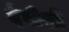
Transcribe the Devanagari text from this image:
देवीशी